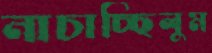
নাচাচ্ছিলুম